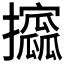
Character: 𫾞